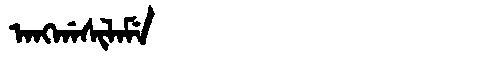
Manchu: ᠠᠩᡤᠠᠰᡳᠯᠠᠮᡝ
Romanization: ANGGASILAME